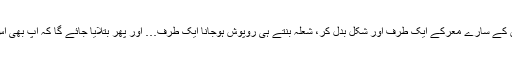
اب پھر مجھے لگا کہ یہ بھی بولیں گی کہ ان کے سارے معرکے ایک طرف اور شکل بدل کر، شعلہ بنتے ہی روپوش ہوجانا ایک طرف… اور پھر بتلایا جائے گا کہ آپ بھی اس طور آگ لگا کر کامیابی سمیٹ سکتے ہیں۔